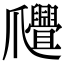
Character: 𤕊